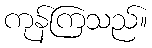
ကုန်ကြသည်။